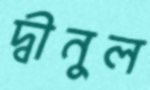
দ্বীনুল